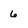
Character: 6